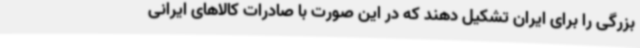
بزرگی را برای ایران تشکیل دهند که در این صورت با صادرات کالاهای ایرانی